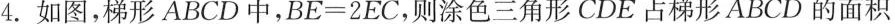
.如图，梯形ABCD中，BE=2EC，则涂色三角形CDE占梯形ABCD的面积